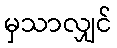
မှသာလျှင်